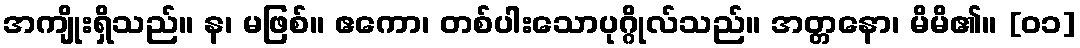
အကျိုးရှိသည်။ န၊ မဖြစ်။ ဧကော၊ တစ်ပါးသောပုဂ္ဂိုလ်သည်။ အတ္တနော၊ မိမိ၏။ [၀၁]